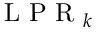
\mathrm { ~ L ~ P ~ R ~ } _ { k }